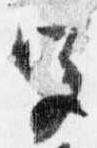
宮